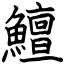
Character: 鱣